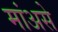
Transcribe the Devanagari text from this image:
मांअसे